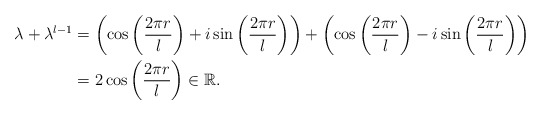
\begin{align*}\lambda+\lambda^{l-1} &= \left( \cos \left( \frac{2\pi r}{l} \right) + i \sin \left( \frac{2\pi r}{l} \right) \right)+ \left(\cos \left( \frac{2\pi r}{l} \right) - i \sin \left( \frac{2\pi r}{l} \right) \right) \\&= 2\cos \left( \frac{2\pi r}{l} \right) \in \mathbb{R}.\end{align*}